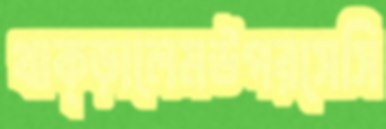
থাক্‌ড়ালেমউপরসেসি